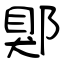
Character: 郹